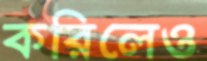
করিলেও